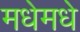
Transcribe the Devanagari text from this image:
मधेमधे